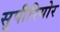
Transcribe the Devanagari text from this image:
सुपीरियोर